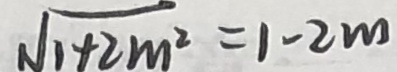
\sqrt { 1 + 2 m ^ { 2 } } = 1 - 2 m